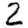
Digit: 2